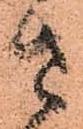
さ